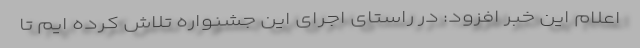
اعلام این خبر افزود: در راستای اجرای این جشنواره تلاش کرده ایم تا